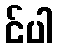
င်ပါ